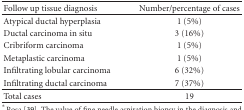
<table><thead><tr><td><b>Follow up tissue diagnosis</b></td><td><b>Number/percentage of cases</b></td></tr></thead><tbody><tr><td>Atypical ductal hyperplasia</td><td>1 (5%)</td></tr><tr><td>Ductal carcinoma in situ</td><td>3 (16%)</td></tr><tr><td>Cribriform carcinoma</td><td>1 (5%)</td></tr><tr><td>Metaplastic carcinoma</td><td>1 (5%)</td></tr><tr><td>Infiltrating lobular carcinoma</td><td>6 (32%)</td></tr><tr><td>Infiltrating ductal carcinoma</td><td>7 (37%)</td></tr><tr><td>Total cases</td><td>19</td></tr></tbody></table>